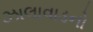
ઝાલાવાડનો